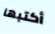
أكتبها